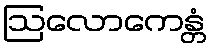
ဩလောကေန္တံ